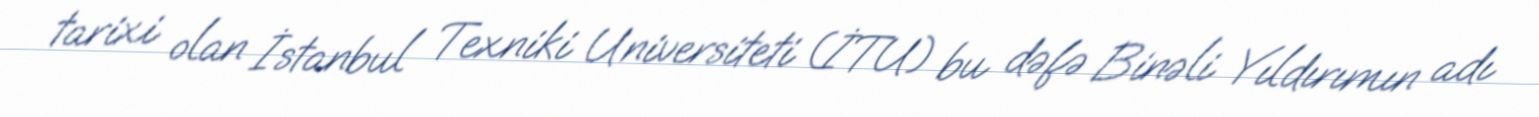
tarixi olan İstanbul Texniki Universiteti (İTU) bu dəfə Binəli Yıldırımın adı